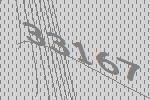
33167